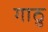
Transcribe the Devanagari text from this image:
गाठु